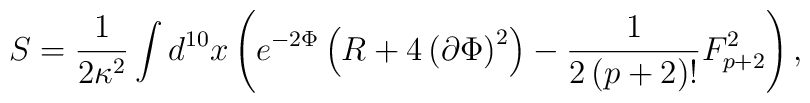
S = \frac{1}{2\kappa^2} \int d^{10}x\left( e^{-2\Phi}\left( R+4\left(  \partial \Phi\right)^2\right) -  \frac{1}{2\left( p+2\right)!} F_{p+2}^2\right) ,